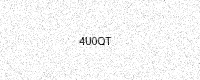
Text: 4U0QT